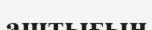
аштығын